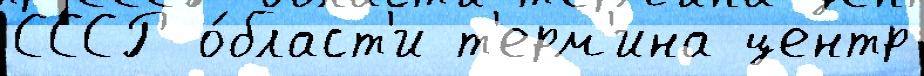
СССР о́бласт'и т'ерм'ина центр